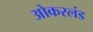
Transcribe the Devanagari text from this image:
ओकरलंड